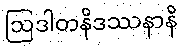
ဩဒါတနိဒဿနာနိ